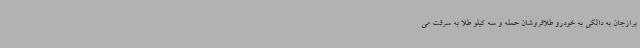
برازجان به دالکی به خودرو طلافروشان حمله و سه کیلو طلا به سرقت می